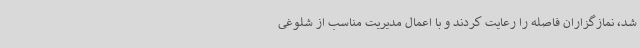
شد، نمازگزاران فاصله را رعایت کردند و با اعمال مدیریت مناسب از شلوغی